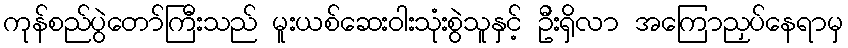
ကုန်စည်ပွဲတော်ကြီးသည် မူးယစ်ဆေးဝါးသုံးစွဲသူနှင့် ဦးရှိလာ အကြောညှပ်နေရာမှ